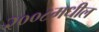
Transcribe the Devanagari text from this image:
२००८मधील